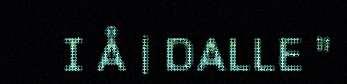
I Å | DALLE "